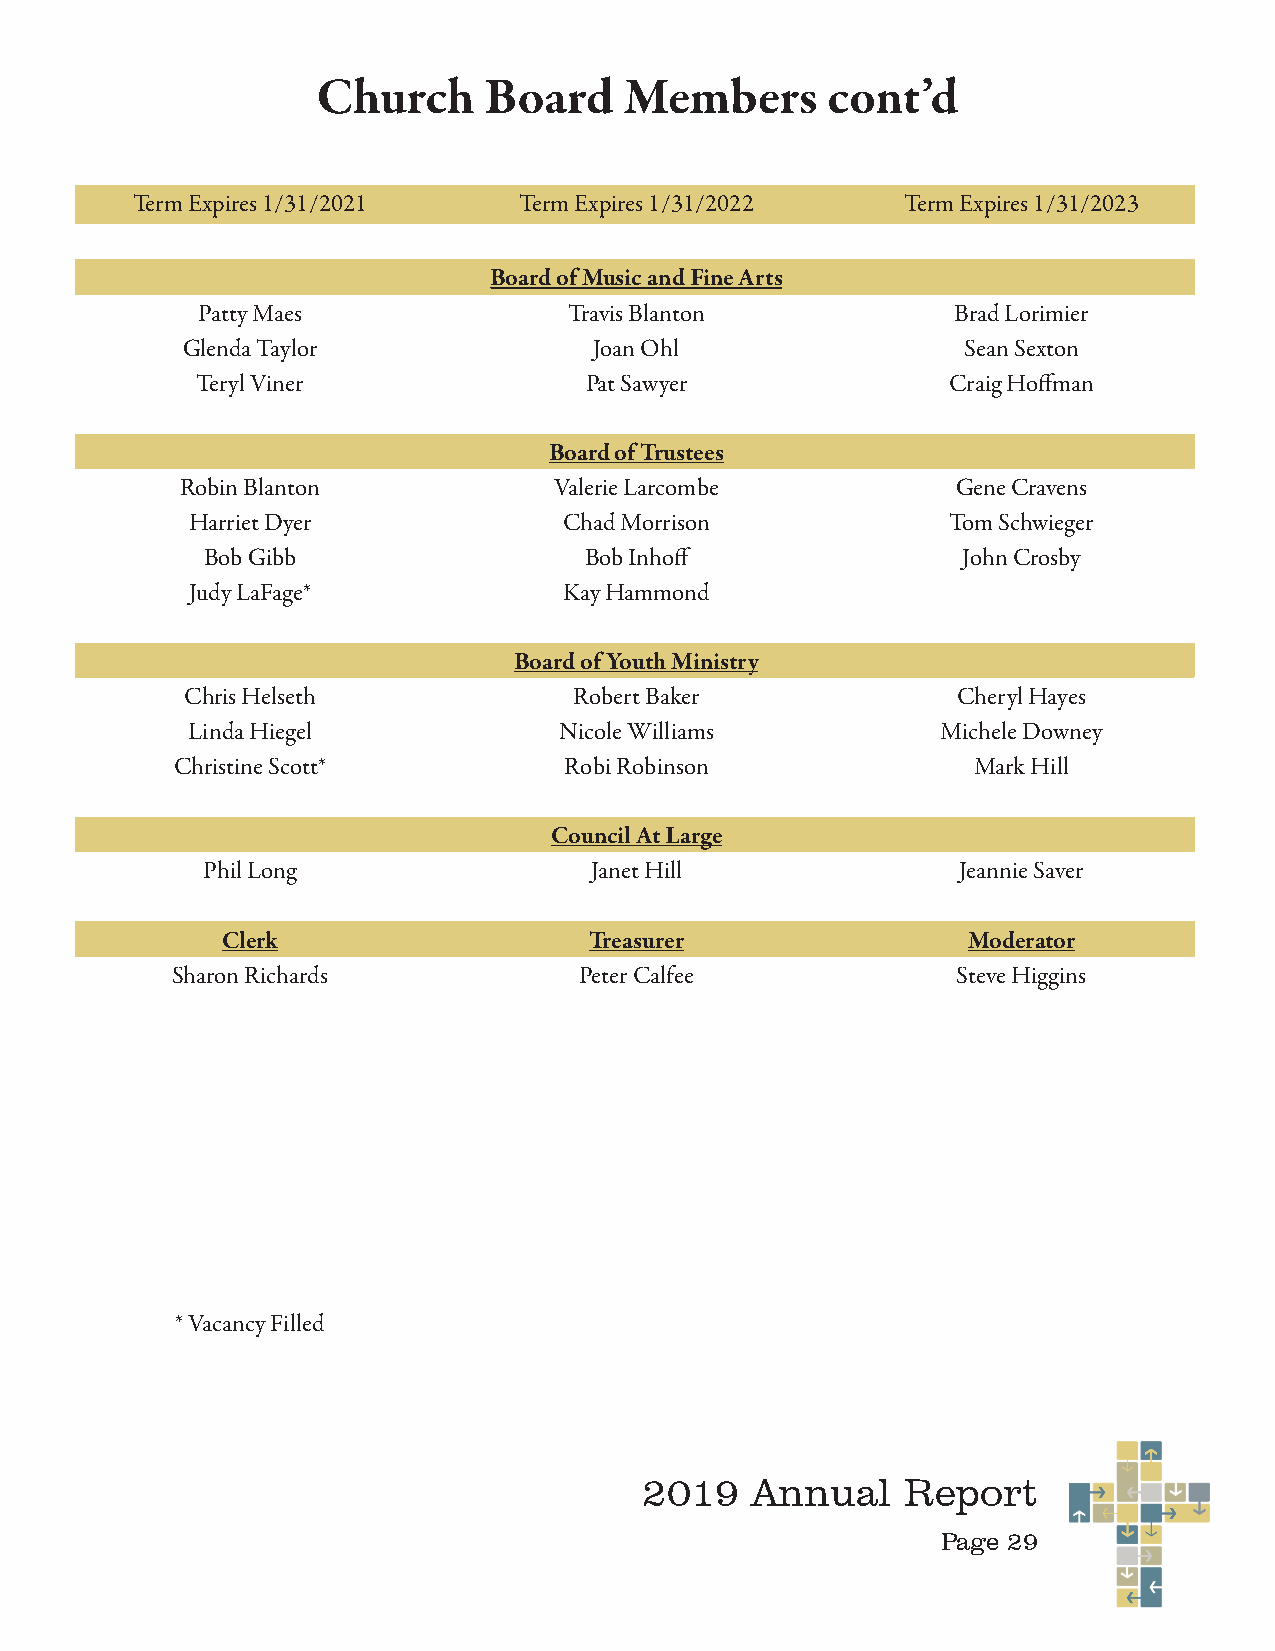
Church     Board    Members       cont’d
 Term Expires 1/31/2021   Term Expires 1/31/2022    Term Expires 1/31/2023
 Board of Music and Fine Arts
 Patty Maes               Travis Blanton           Brad Lorimier
 Glenda Taylor              Joan Ohl                 Sean Sexton
 Teryl Viner               Pat Sawyer              Craig Hoffman
 Board of Trustees
 Robin Blanton            Valerie Larcombe          Gene Cravens
 Harriet Dyer             Chad Morrison             Tom Schwieger
 Bob Gibb                  Bob Inhoff               John Crosby
 Judy LaFage*             Kay Hammond
 Board of Youth Ministry
 Chris Helseth             Robert Baker             Cheryl Hayes
 Linda Hiegel             Nicole Williams          Michele Downey
 Christine Scott*         Robi Robinson              Mark Hill
 Council At Large
 Phil Long                 Janet Hill               Jeannie Saver
 Clerk                   Treasurer                Moderator
 Sharon Richards            Peter Calfee             Steve Higgins
 * Vacancy Filled
 2019   Annual    Report
 Page 29